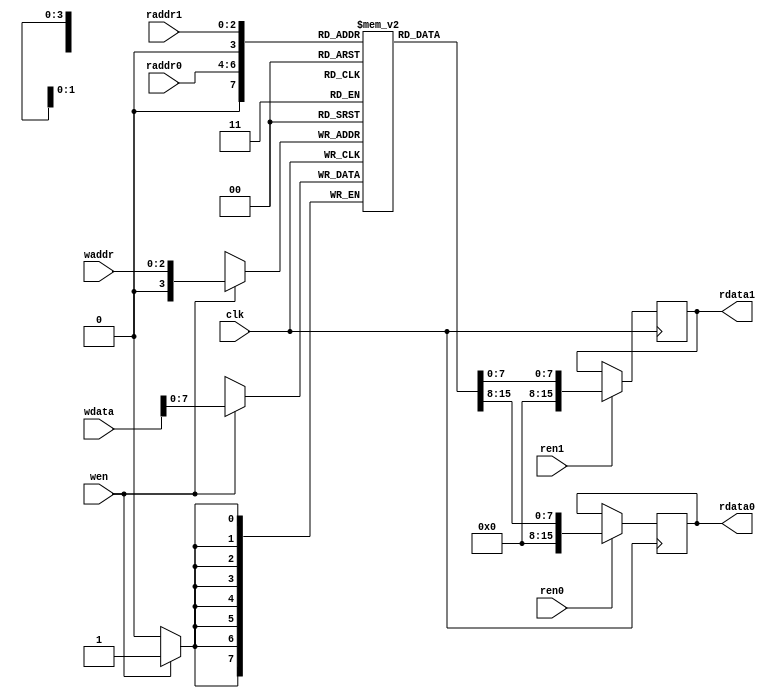
/* register file */

`timescale 1ps/1ps
module regs(input clk,
            input ren0, input [2:0]raddr0, output [15:0]rdata0,
            input ren1, input [2:0]raddr1, output [15:0]rdata1,
            input wen, input [2:0]waddr, input [15:0]wdata);
    reg [7:0]data[15:0];

    reg [15:0]out0 = 16'hxxxx;
    assign rdata0 = out0;
    reg [15:0]out1 = 16'hxxxx;
    assign rdata1 = out1;

    always @(posedge clk) begin

        if (ren0) begin
            out0 <= data[raddr0];
        end
        if (ren1) begin
            out1 <= data[raddr1];
        end
        if (wen) begin
            $display("#reg[%d] <= 0x%x",waddr,wdata);
            data[waddr] <= wdata;
        end
    end

endmodule